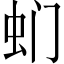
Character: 𮓳